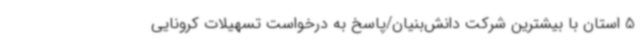
5 استان با بیشترین شرکت دانش‌بنیان/پاسخ به درخواست تسهیلات کرونایی